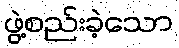
ဖွဲ့စည်းခဲ့သော